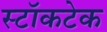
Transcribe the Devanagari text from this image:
स्टॉकटेक